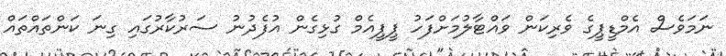
ނަމަވެސް އެމްޑީޕީގެ ވެރިކަން ވައްޓާލުމަށްފަހު ޕީޕީއެމް ގުޅިގެން އުފެދުނު ސަރުކާރުގައި ގިނަ ކަންތައްތައް